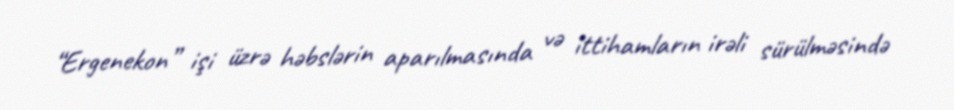
“Ergenekon” işi üzrə həbslərin aparılmasında və ittihamların irəli sürülməsində